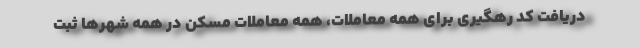
دریافت کد رهگیری برای همه معاملات، همه معاملات مسکن در همه شهرها ثبت